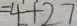
= 4 + 2 7